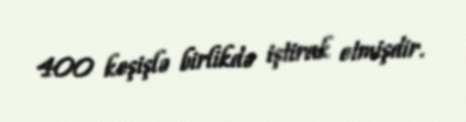
400 keşişlə birlikdə iştirak etmişdir.